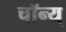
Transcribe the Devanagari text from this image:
चॉन्य्